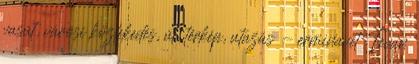
vasút, városi közlekedés, út, térkép, utazás - erminavet Tevan